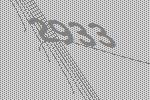
2933